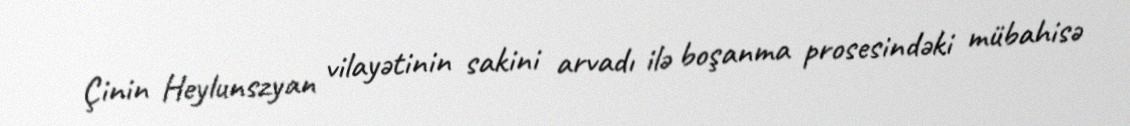
Çinin Heylunszyan vilayətinin sakini arvadı ilə boşanma prosesindəki mübahisə